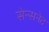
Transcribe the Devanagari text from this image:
सेन्सनेट